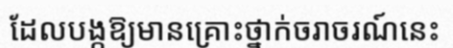
ដែលបង្កឱ្យមានគ្រោះថ្នាក់ចរាចរណ៍នេះ